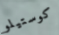
كوستيلو